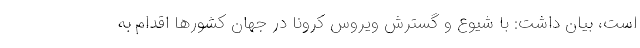
است، بیان داشت: با شیوع و گسترش ویروس کرونا در جهان کشورها اقدام به